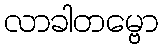
လာခါတမ္ဗော